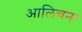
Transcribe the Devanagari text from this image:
आलिचना